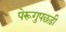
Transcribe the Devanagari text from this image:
पेरूगुपछड़ी